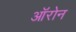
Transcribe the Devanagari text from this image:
ऑरोन